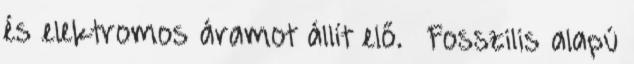
és elektromos áramot állít elő. Fosszilis alapú